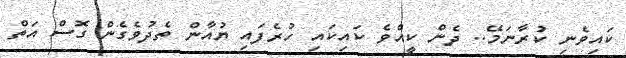
ކައިވެނި ކުރާނަމޭ.. ދެން ކީއްވެ ކައިކައި ހުރެފައި ޔުއާން ތެދުވެގެން ގޮސް އަތް